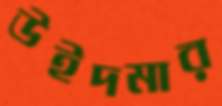
উইদমার